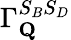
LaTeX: \Gamma_{\mathbf{Q}}^{S_{B}S_{D}}